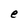
Character: e